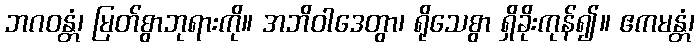
ဘဂဝန္တံ၊ မြတ်စွာဘုရားကို။ အဘိဝါဒေတွာ၊ ရိုသေစွာ ရှိခိုးကုန်၍။ ဧကမန္တံ၊